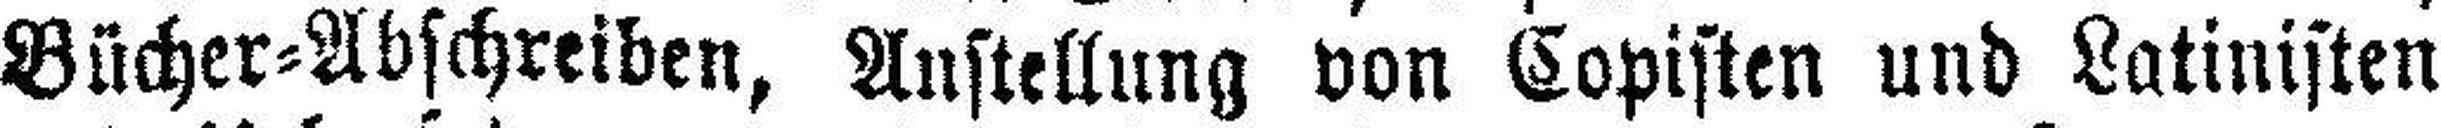
Bücher=Abschreiben, Anstellung von Copisten und Latinisten